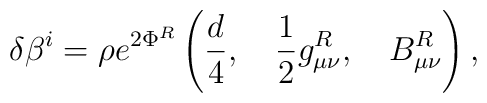
\delta\beta^i = \rho e^{2\Phi^R}\left(\frac{d}{4},\quad \frac{1}{2}g^R_{\mu\nu},\quad B^R_{\mu\nu} \right), \,